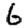
Digit: 6